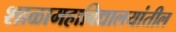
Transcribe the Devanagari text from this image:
शाळामहाविद्यालयांतील